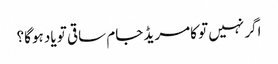
اگر نہیں تو کامریڈ جام ساقی تو یاد ہوگا؟